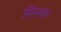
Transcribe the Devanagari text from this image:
मिरमार